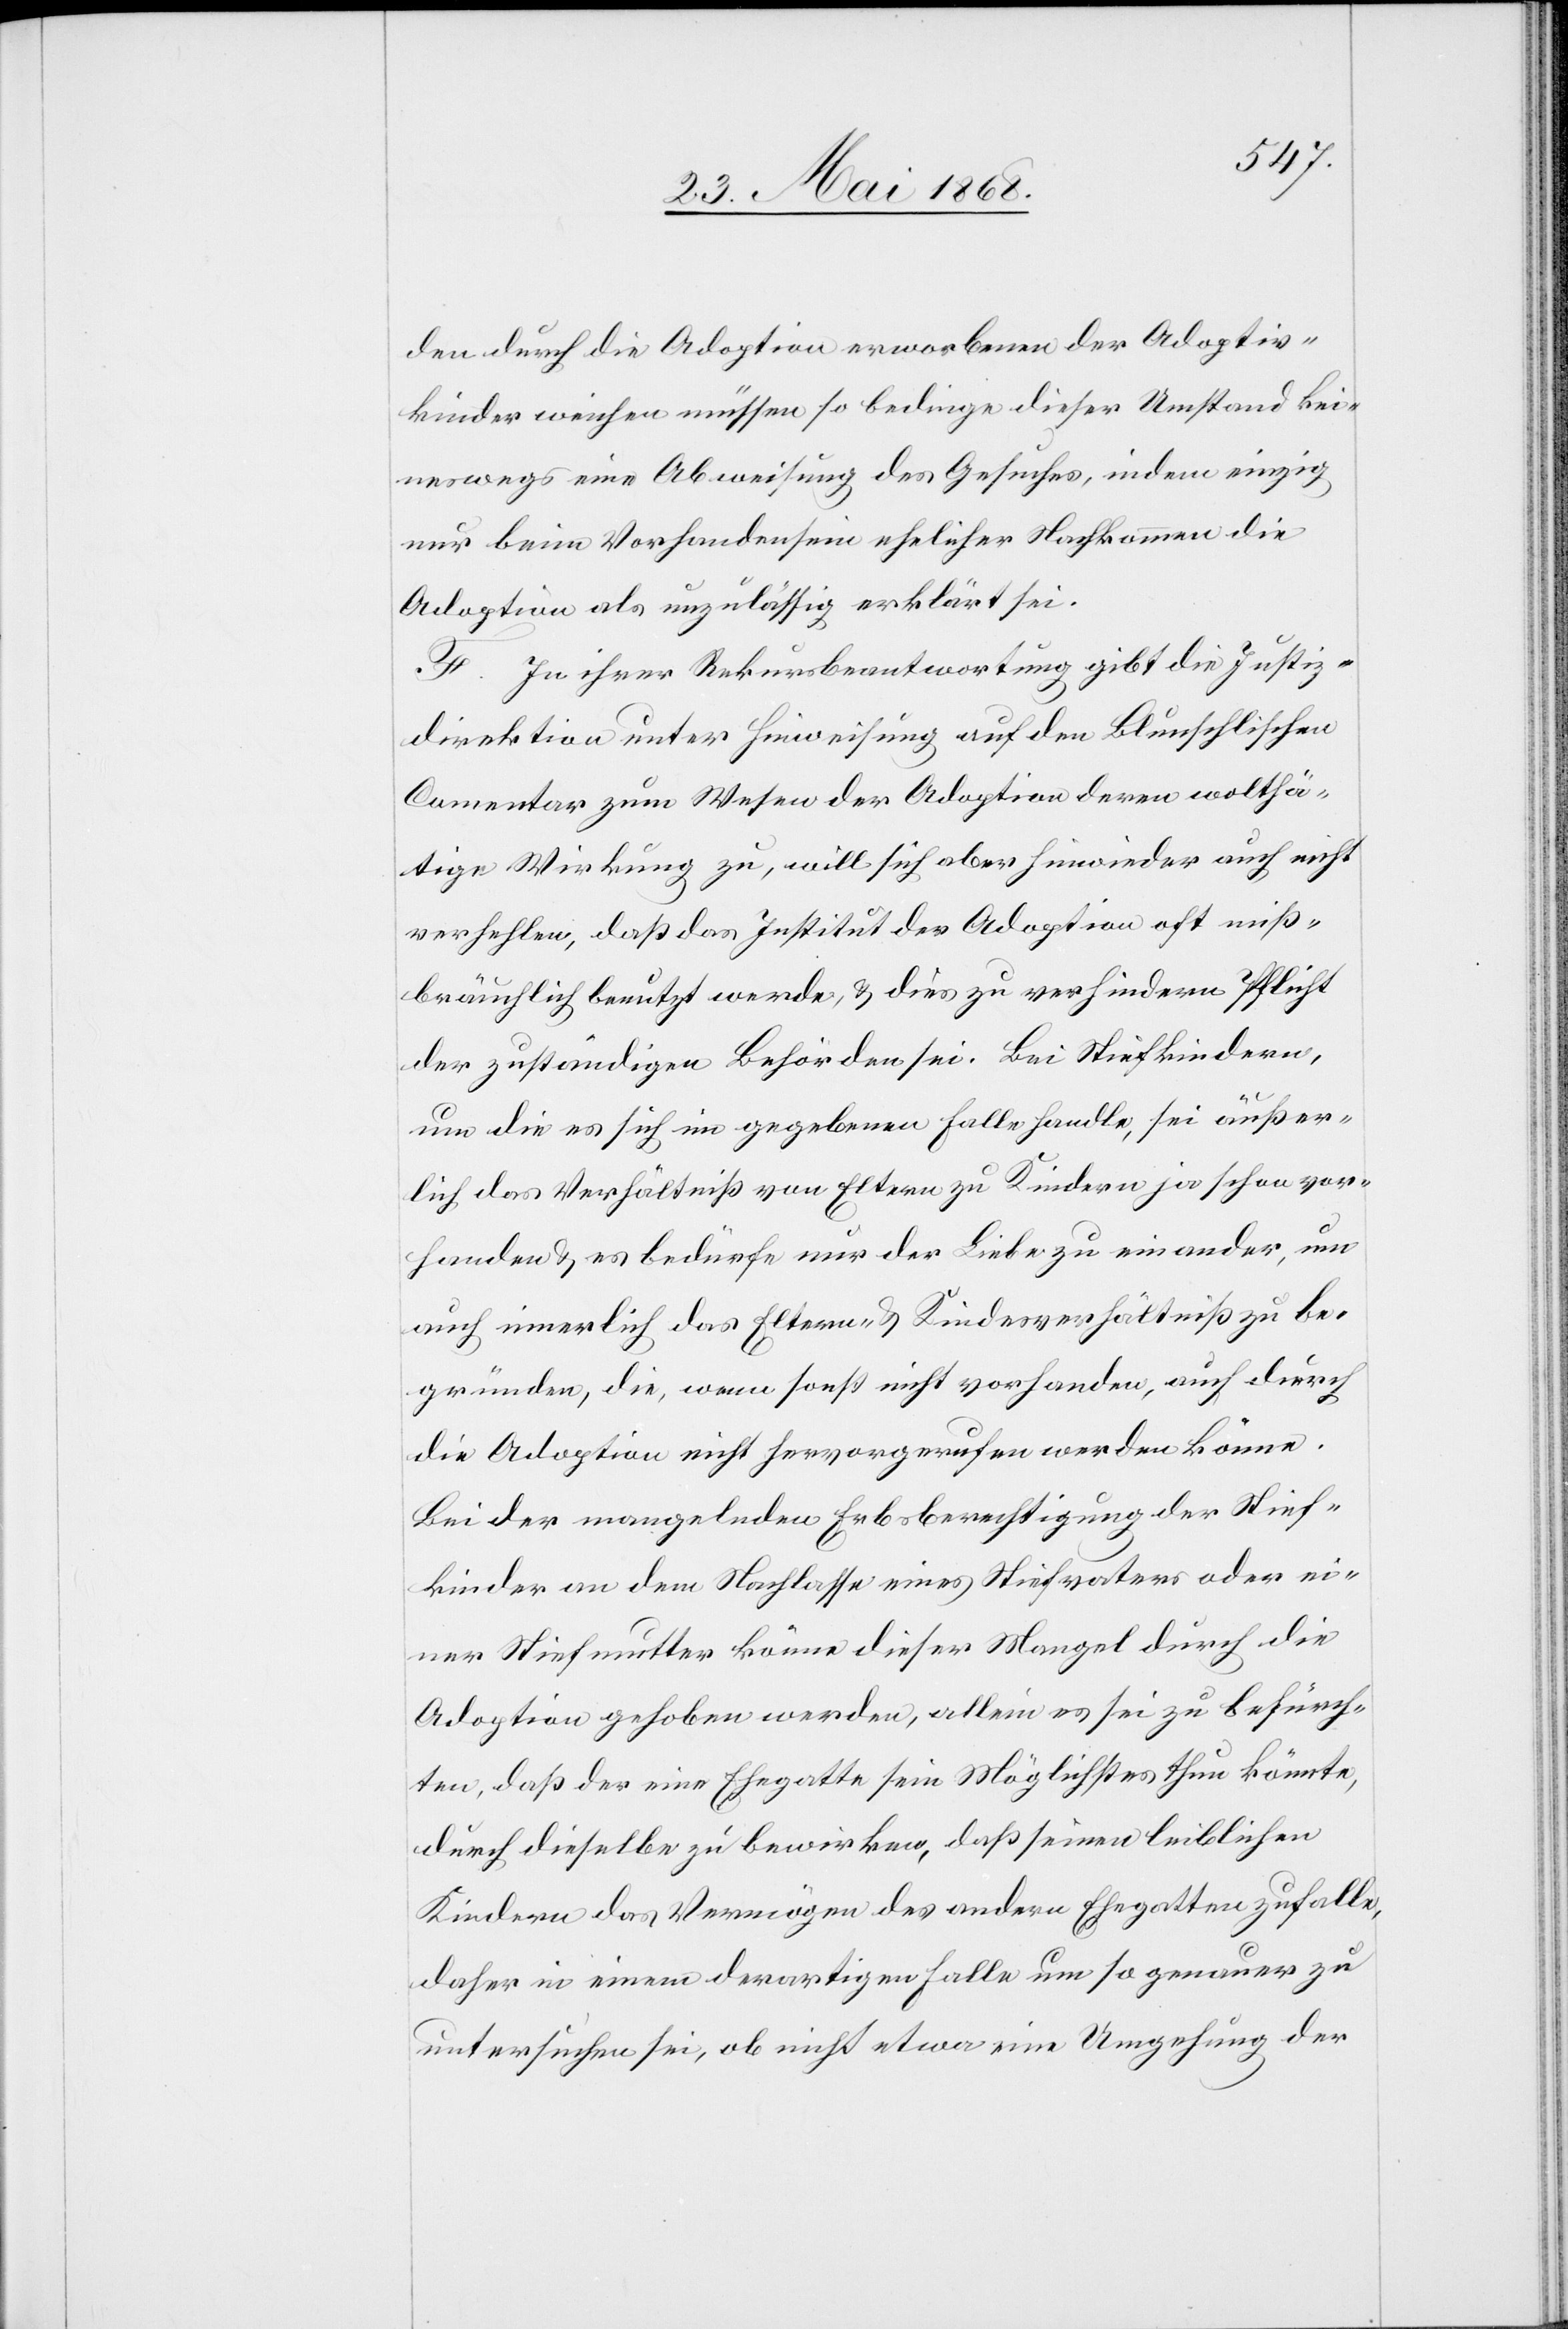
den durch die Adoption erworbenen der Adoptiv¬
kinder weichen müssen so bedinge dieser Umstand kei¬
neswegs eine Abweisung des Gesuches, indem einzig
nur beim Vorhandensein ehelicher Nachkommen die
Adoption als unzulässig erklärt sei.
F. In ihrer Rekursbeantwortung gibt die Justiz¬
direktion unter Hinweisung auf den Blunschlischen
Comentar zum Wesen der Adoption deren wolthä¬
tige Wirkung zu, will sich aber hinwieder auch nicht
verhehlen, daß das Institut der Adoption oft miß¬
bräuchlich benutzt werde, & dies zu verhindern Pflicht
der zuständigen Behörden sei. Bei Stiefkindern,
um die es sich im gegebenen Falle handle, sei äußer¬
lich das Verhältniß von Eltern zu Kindern ja schon vor¬
handen & es bedürfe nur der Liebe zu einander, um
auch innerlich das Eltern- & Kindesverhältniß zu be¬
gründen, die, wenn sonst nicht vorhanden, auch durch
die Adoption nicht hervorgerufen werden könne.
Bei der mangelnden Erbsberechtigung der Stief¬
kinder an dem Nachlasse eines Stiefvaters oder ei¬
ner Stiefmutter könne dieser Mangel durch die
Adoption gehoben werden, allein es sei zu befürch¬
ten, daß der eine Ehegatte sein Möglichstes thun könnte,
durch dieselbe zu bewirken, daß seinen leiblichen
Kindern das Vermögen des andern Ehegatten zufalle,
daher in einem derartigen Falle um so genauer zu
untersuchen sei, ob nicht etwa eine Umgehung der